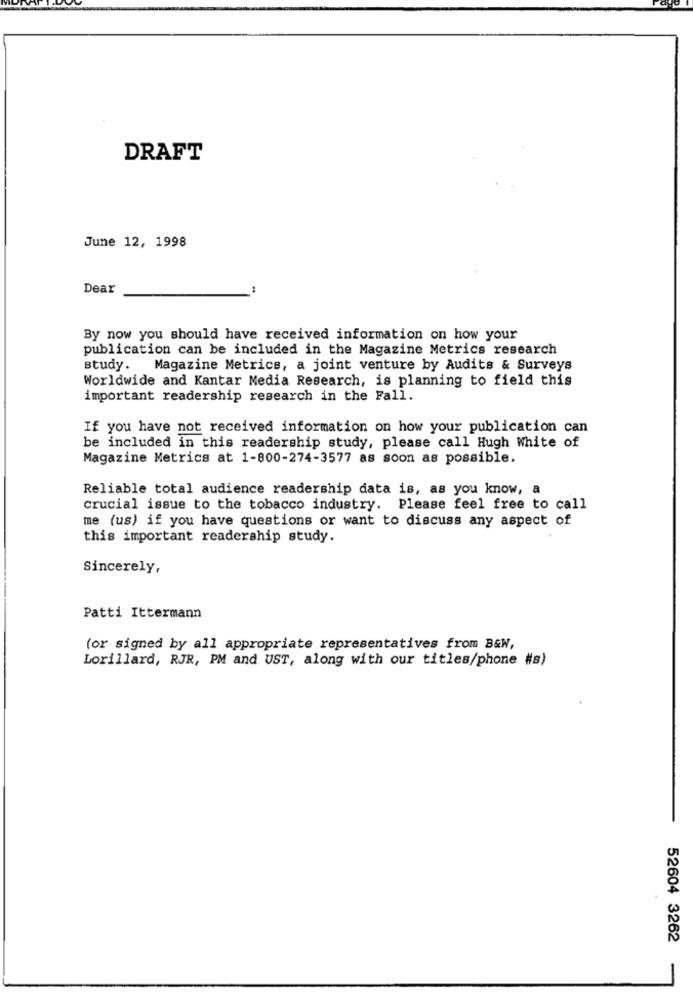
DRAFT
June 12, 1998
Dear
By now you should have received information on how your
publication can be included in the Magazine Metrics research
study. Magazine Metrics, a joint venture by Audits & Surveys
Worldwide and Kantar Media Research, is planning to field this
important readership research in the Fall.
If you have not received information on how your publication can
be included in this readership study, please call Hugh White of
Magazine Metrics at 1-800-274-3577 as soon as possible.
Reliable total audience readership data is, as you know, a
crucial issue to the tobacco industry. Please feel free to call
me (us) if you have questions or want to discuss any aspect of
this important readership study.
Sincerely,
Patti Ittermann
(or signed by all appropriate representatives from B&W,
Lorillard, RJR, PM and UST, along with our titles/phone #s)
52604 3262